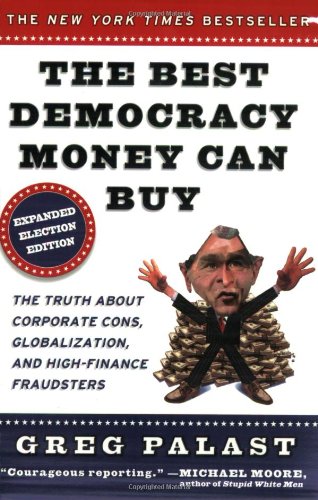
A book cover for The Best Democracy Money Can Buy; Greg Palast; Humor & Entertainment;